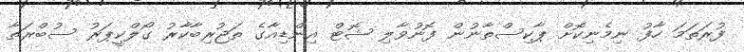
ފުރަތަމަ ހާފު ނިމެނިކޮށް ޕާކިސްތާނުން ފޮނުވާލި ޝޮޓް އިންޑިއާގެ ތަޖުރިބާކާރު ގޯލްކީޕަރު ސުބްރަތާ